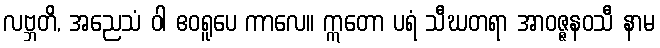
လဗ္ဘတိ, အညေသံ ဝါ ဧဝရူပေ ကာလေ။ ဣတော ပရံ သီဃတရာ အာဝဇ္ဇနဝသီ နာမ